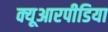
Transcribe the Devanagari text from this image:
क्यूआरपीडिया